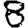
Digit: 8